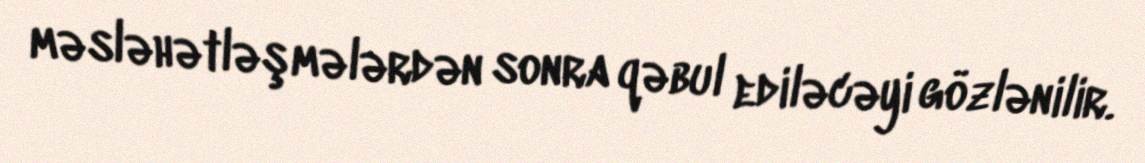
məsləhətləşmələrdən sonra qəbul ediləcəyi gözlənilir.